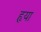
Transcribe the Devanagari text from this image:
हृया